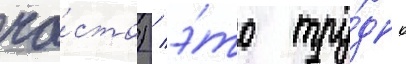
ча́сто) / э́то тру́дно